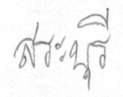
สระบุรี